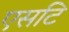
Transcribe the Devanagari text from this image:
एसटि